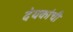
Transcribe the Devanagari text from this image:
देयकांची